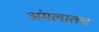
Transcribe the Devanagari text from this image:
अंमलातच